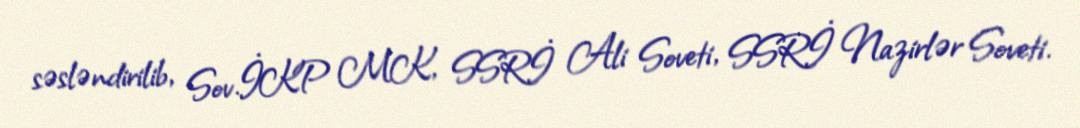
səsləndirilib, Sov.İKP MK, SSRİ Ali Soveti, SSRİ Nazirlər Soveti.